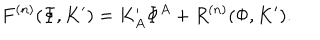
LaTeX: F ^ { ( n ) } ( \Phi , K ^ { \prime } ) = K _ { A } ^ { \prime } \Phi ^ { A } + R ^ { ( n ) } ( \Phi , K ^ { \prime } ) .